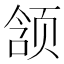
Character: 颔